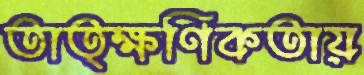
তাত্ক্ষণিকতায়